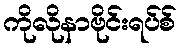
ကိုလိုနာဗိုင်းရပ်စ်